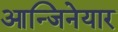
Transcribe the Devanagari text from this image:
आन्जिनेयार